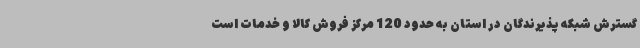
گسترش شبکه پذیرندگان در استان به حدود 120 مرکز فروش کالا و خدمات است